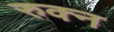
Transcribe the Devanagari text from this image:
रुक्न